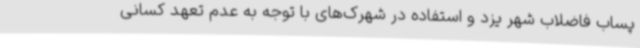
پساب فاضلاب شهر یزد و استفاده در شهرک‌های با توجه به عدم تعهد کسانی